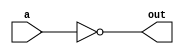
// Verilog code for NOT Gate
module notGate (a, out);

input a;
output out;
assign out = ~a;

endmodule